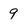
Character: 9